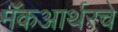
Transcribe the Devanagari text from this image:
मॅकआर्थरचे